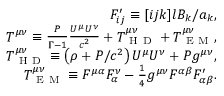
\begin{array} { r } { F _ { i j } ^ { \prime } \equiv [ i j k ] l B _ { k } / a _ { k } , } \\ { T ^ { \mu \nu } \equiv \frac { P } { \Gamma - 1 } \frac { U ^ { \mu } U ^ { \nu } } { c ^ { 2 } } + T _ { \mathrm { ~ H ~ D ~ } } ^ { \mu \nu } + T _ { \mathrm { ~ E ~ M ~ } } ^ { \mu \nu } , } \\ { T _ { \mathrm { ~ H ~ D ~ } } ^ { \mu \nu } \equiv \left( \rho + P / c ^ { 2 } \right) U ^ { \mu } U ^ { \nu } + P g ^ { \mu \nu } , } \\ { T _ { \mathrm { ~ E ~ M ~ } } ^ { \mu \nu } \equiv F ^ { \mu \alpha } F _ { \alpha } ^ { \nu } - \frac { 1 } { 4 } g ^ { \mu \nu } F ^ { \alpha \beta } F _ { \alpha \beta } ^ { \prime } . } \end{array}